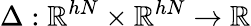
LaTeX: \Delta:\mathbb{R}^{hN}\times\mathbb{R}^{hN}\to\mathbb{R}